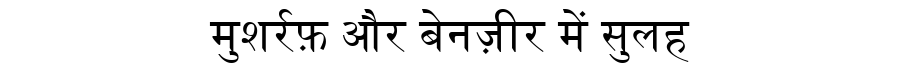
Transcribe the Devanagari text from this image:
मुशर्रफ़ और बेनज़ीर में सुलह